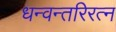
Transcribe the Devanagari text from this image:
धन्वन्तरिरत्न